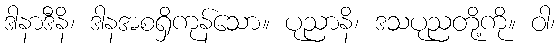
ဒါနာဒီနိ၊ ဒါနအစရှိကုန်သော။ ပုညာနိ၊ ဒသပုညတို့ကို။ ဝါ၊